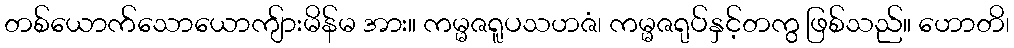
တစ်ယောက်သောယောကျ်ားမိန်မ အား။ ကမ္မဇရူပသဟဇံ၊ ကမ္မဇရုပ်နှင့်တကွ ဖြစ်သည်။ ဟောတိ၊